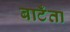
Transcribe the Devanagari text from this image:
बाटँता